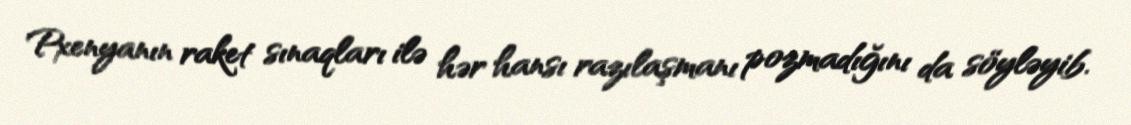
Pxenyanın raket sınaqları ilə hər hansı razılaşmanı pozmadığını da söyləyib.